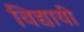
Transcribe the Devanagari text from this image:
विद्यायी